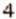
4